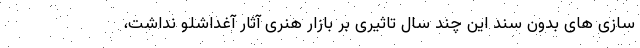
سازی های بدون سند این چند سال تاثیری بر بازار هنری آثار آغداشلو نداشت،